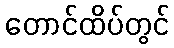
တောင်ထိပ်တွင်